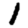
Digit: 1